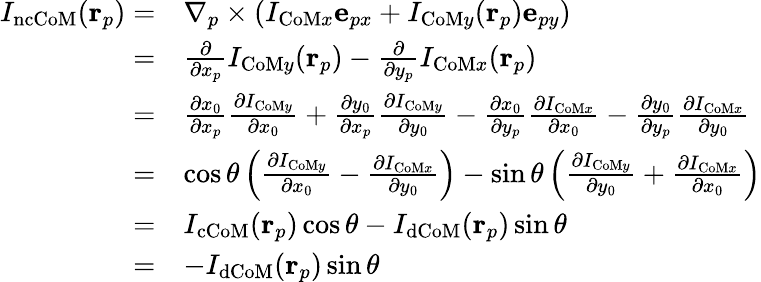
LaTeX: \begin{array}{rl}{I_{\mathrm{ncCoM}}(\mathbf{r}_{p})=}&{\nabla_{p}\times\left(I_{\mathrm{CoM}x}\mathbf{e}_{px}+I_{\mathrm{CoM}y}(\mathbf{r}_{p})\mathbf{e}_{py}\right)}\\ {=}&{\frac{\partial}{\partial x_{p}}I_{\mathrm{CoM}y}(\mathbf{r}_{p})-\frac{\partial}{\partial y_{p}}I_{\mathrm{CoM}x}(\mathbf{r}_{p})}\\ {=}&{\frac{\partial x_{0}}{\partial x_{p}}\frac{\partial I_{\mathrm{CoM}y}}{\partial x_{0}}+\frac{\partial y_{0}}{\partial x_{p}}\frac{\partial I_{\mathrm{CoM}y}}{\partial y_{0}}-\frac{\partial x_{0}}{\partial y_{p}}\frac{\partial I_{\mathrm{CoM}x}}{\partial x_{0}}-\frac{\partial y_{0}}{\partial y_{p}}\frac{\partial I_{\mathrm{CoM}x}}{\partial y_{0}}}\\ {=}&{\cos\theta\left(\frac{\partial I_{\mathrm{CoM}y}}{\partial x_{0}}-\frac{\partial I_{\mathrm{CoM}x}}{\partial y_{0}}\right)-\sin\theta\left(\frac{\partial I_{\mathrm{CoM}y}}{\partial y_{0}}+\frac{\partial I_{\mathrm{CoM}x}}{\partial x_{0}}\right)}\\ {=}&{I_{\mathrm{cCoM}}(\mathbf{r}_{p})\cos\theta-I_{\mathrm{dCoM}}(\mathbf{r}_{p})\sin\theta}\\ {=}&{-I_{\mathrm{dCoM}}(\mathbf{r}_{p})\sin\theta}\end{array}